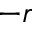
- \boldsymbol r